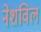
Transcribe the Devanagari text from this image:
नेशविल